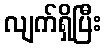
လျက်ရှိပြီး